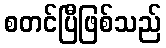
စတင်ပြီဖြစ်သည်